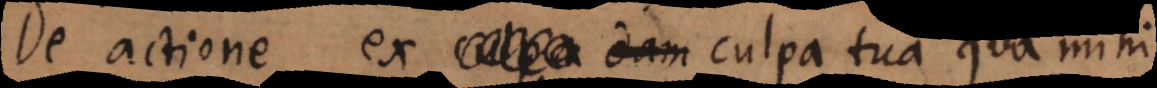
De actione e x dam culpa tua qua mihi